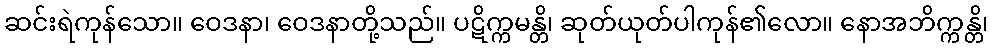
ဆင်းရဲကုန်သော။ ဝေဒနာ၊ ဝေဒနာတို့သည်။ ပဋိက္ကမန္တိ၊ ဆုတ်ယုတ်ပါကုန်၏လော။ နောအဘိက္ကန္တိ၊